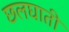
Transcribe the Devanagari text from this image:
छलघाती